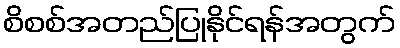
စိစစ်အတည်ပြုနိုင်ရန်အတွက်